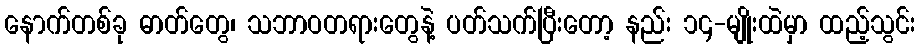
နောက်တစ်ခု ဓာတ်တွေ၊ သဘာဝတရားတွေနဲ့ ပတ်သက်ပြီးတော့ နည်း ၁၄-မျိုးထဲမှာ ထည့်သွင်း